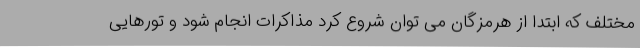
مختلف که ابتدا از هرمزگان می توان شروع کرد مذاکرات انجام شود و تورهایی